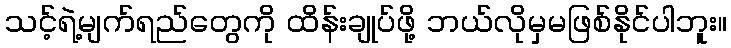
သင့်ရဲ့မျက်ရည်တွေကို ထိန်းချုပ်ဖို့ ဘယ်လိုမှမဖြစ်နိုင်ပါဘူး။